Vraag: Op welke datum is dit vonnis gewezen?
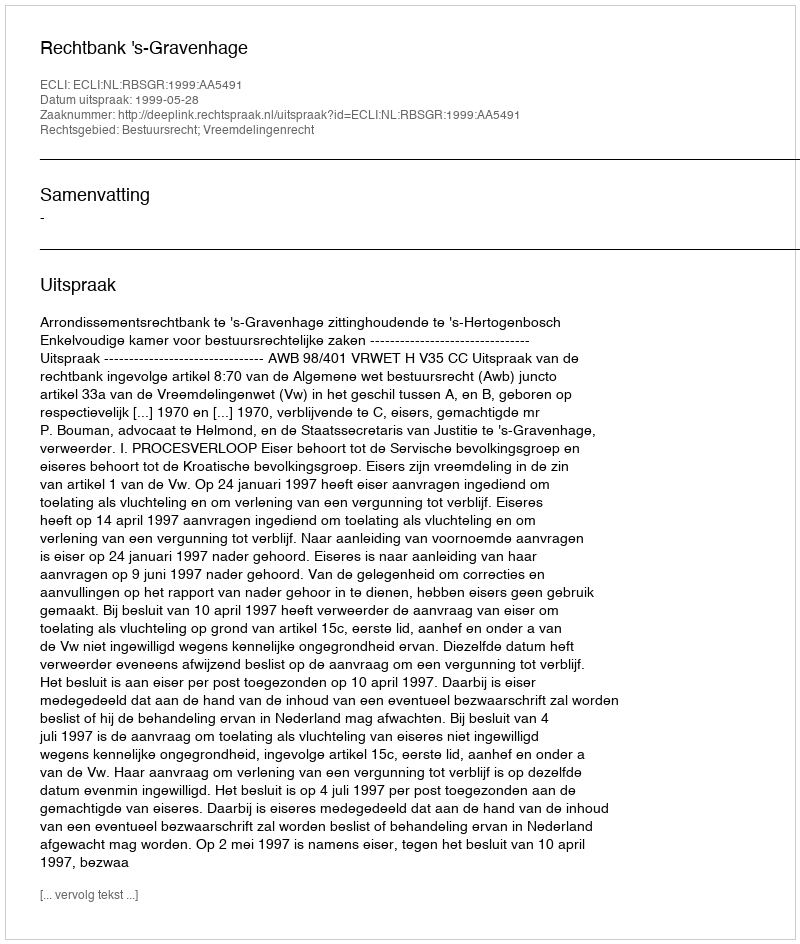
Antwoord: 1999-05-28